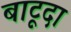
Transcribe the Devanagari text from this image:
बाटूदा